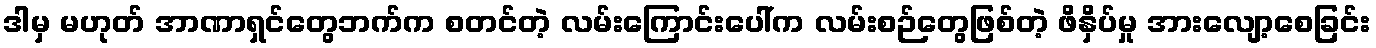
ဒါမှ မဟုတ် အာဏာရှင်တွေဘက်က စတင်တဲ့ လမ်းကြောင်းပေါ်က လမ်းစဉ်တွေဖြစ်တဲ့ ဖိနှိပ်မှု အားလျော့စေခြင်း